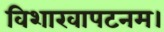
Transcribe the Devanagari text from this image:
विशाखापटनम।